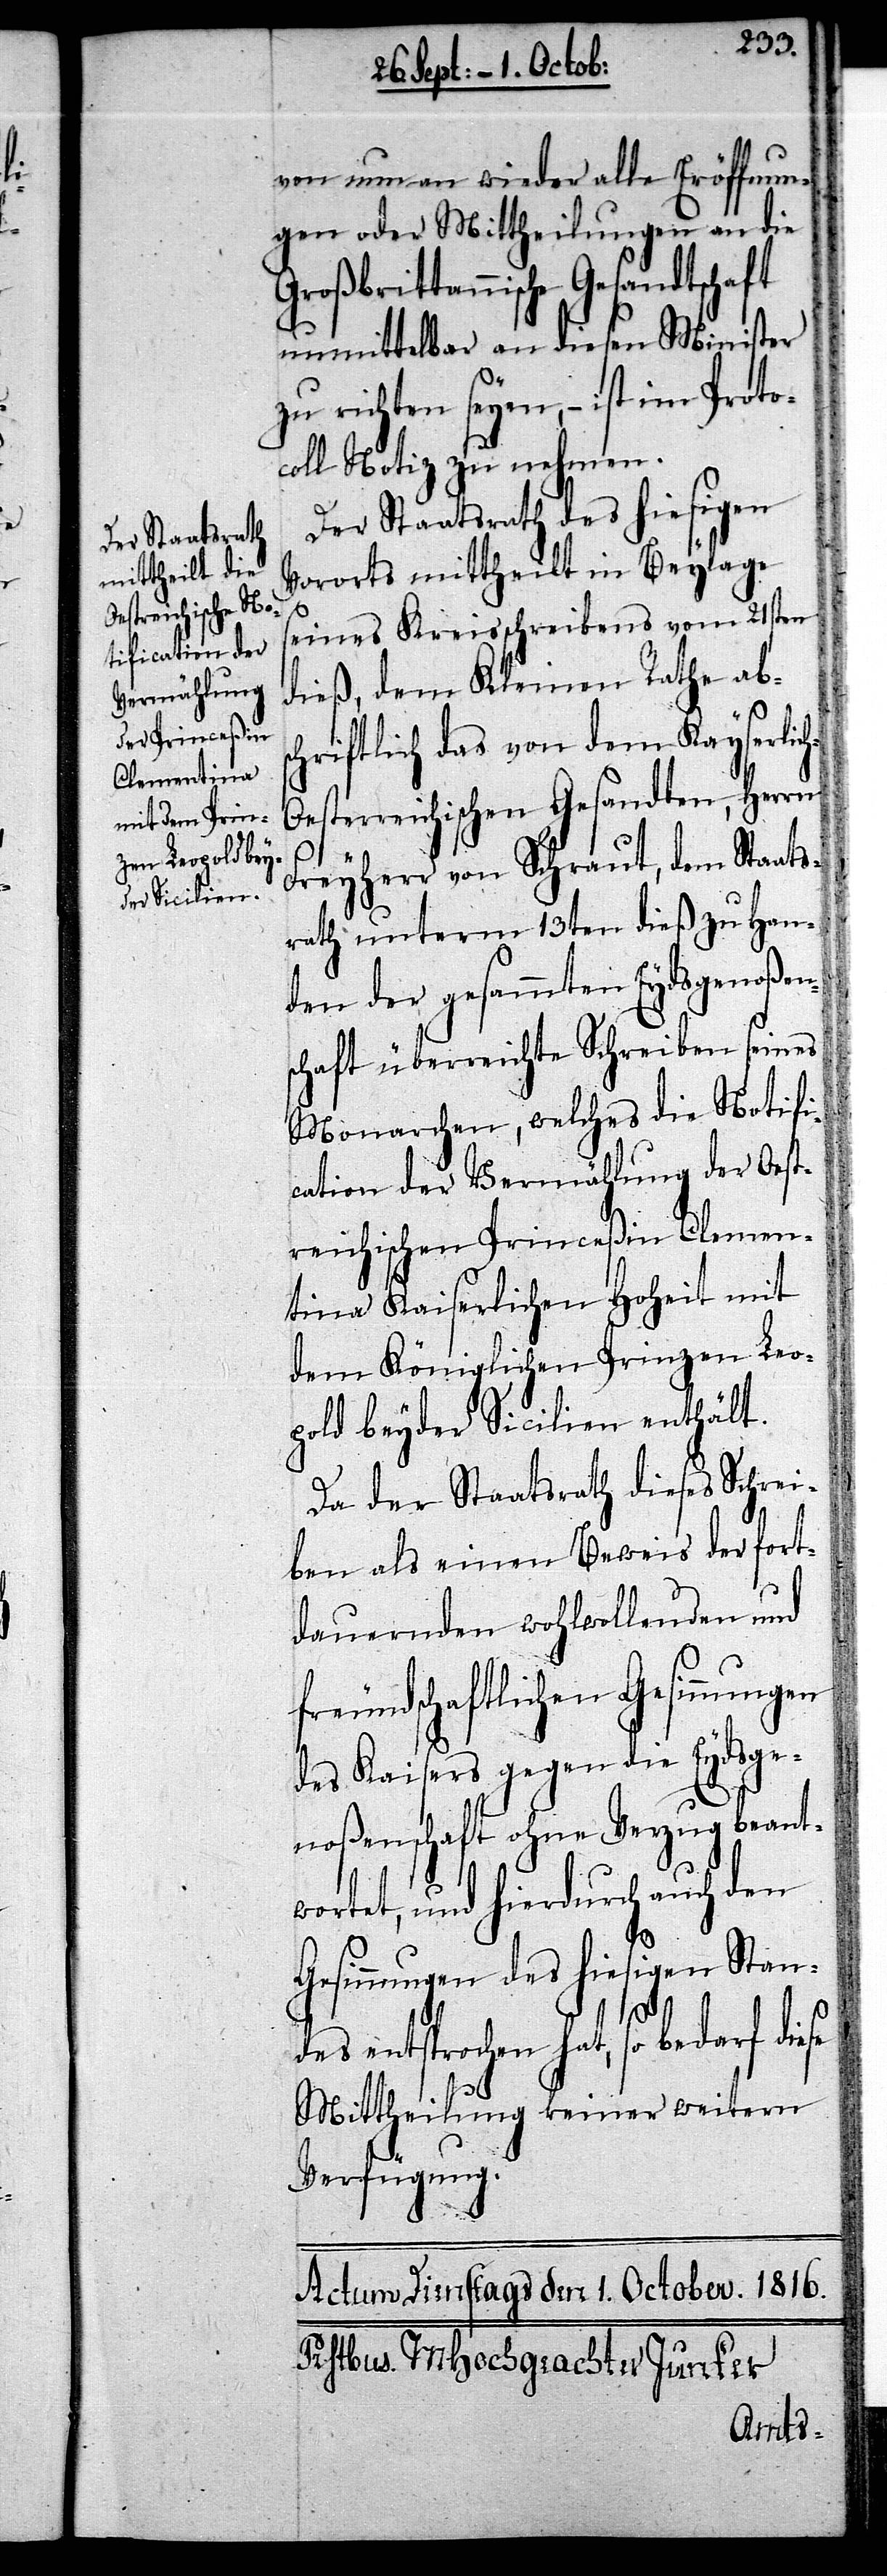
von nun an wieder alle Eröffnun¬
gen oder Mittheilungen an die
rittannische Gesandtschaft
unmittelbar an diesen Minister
zu richten seyen, – ist im Proto¬
coll Notiz zu nehmen.
Der Staatsrath des hiesigen
Vororts mittheilt in Beylage
seines Kreisschreibens vom 21sten
dieß, dem Kleinen Rathe abs¬
chriftlich das von dem Kayserli¬
esterreichischen Gesandten, Herrn
Freyherr von Schraut, dem Staats¬
rath unterm 13ten dieß zu Han¬
den der gesammten Eydsgenoßen¬
schaft überreichte Schreiben seines
Monarchen, welches die Notifi¬
cation der Vermählung der Oest¬
reichischen Princeßin Clemen¬
tina Kaiserlichen Hoheit mit
dem Königlichen Prinzen Leo¬
pold beyder Sicilien enthält.
Da der Staatsrath dieses Schrei¬
ben als einen Beweis der fort¬
dauernden wohlwollenden und
freundschaftlichen Gesinnungen
des Kaisers gegen die Eydsge¬
noßenschaft ohne Verzug beant¬
wortet, und hierdurch auch den
Gesinnungen des hiesigen Stan¬
ch-O¬
des entsprochen hat, so bedarf diese
Mittheilung keiner weitern
Verfügung.